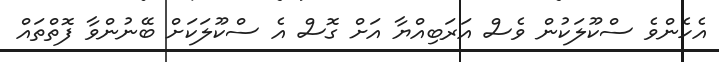
އެހެންވެ ސްކޫލަކުން ވެސް އަރަބިއްޔާ އަށް ގޮސް އެ ސްކޫލަކަށް ބޭނުންވާ ފޮތްތައް